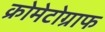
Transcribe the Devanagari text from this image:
क्रोमेटोग्राफ